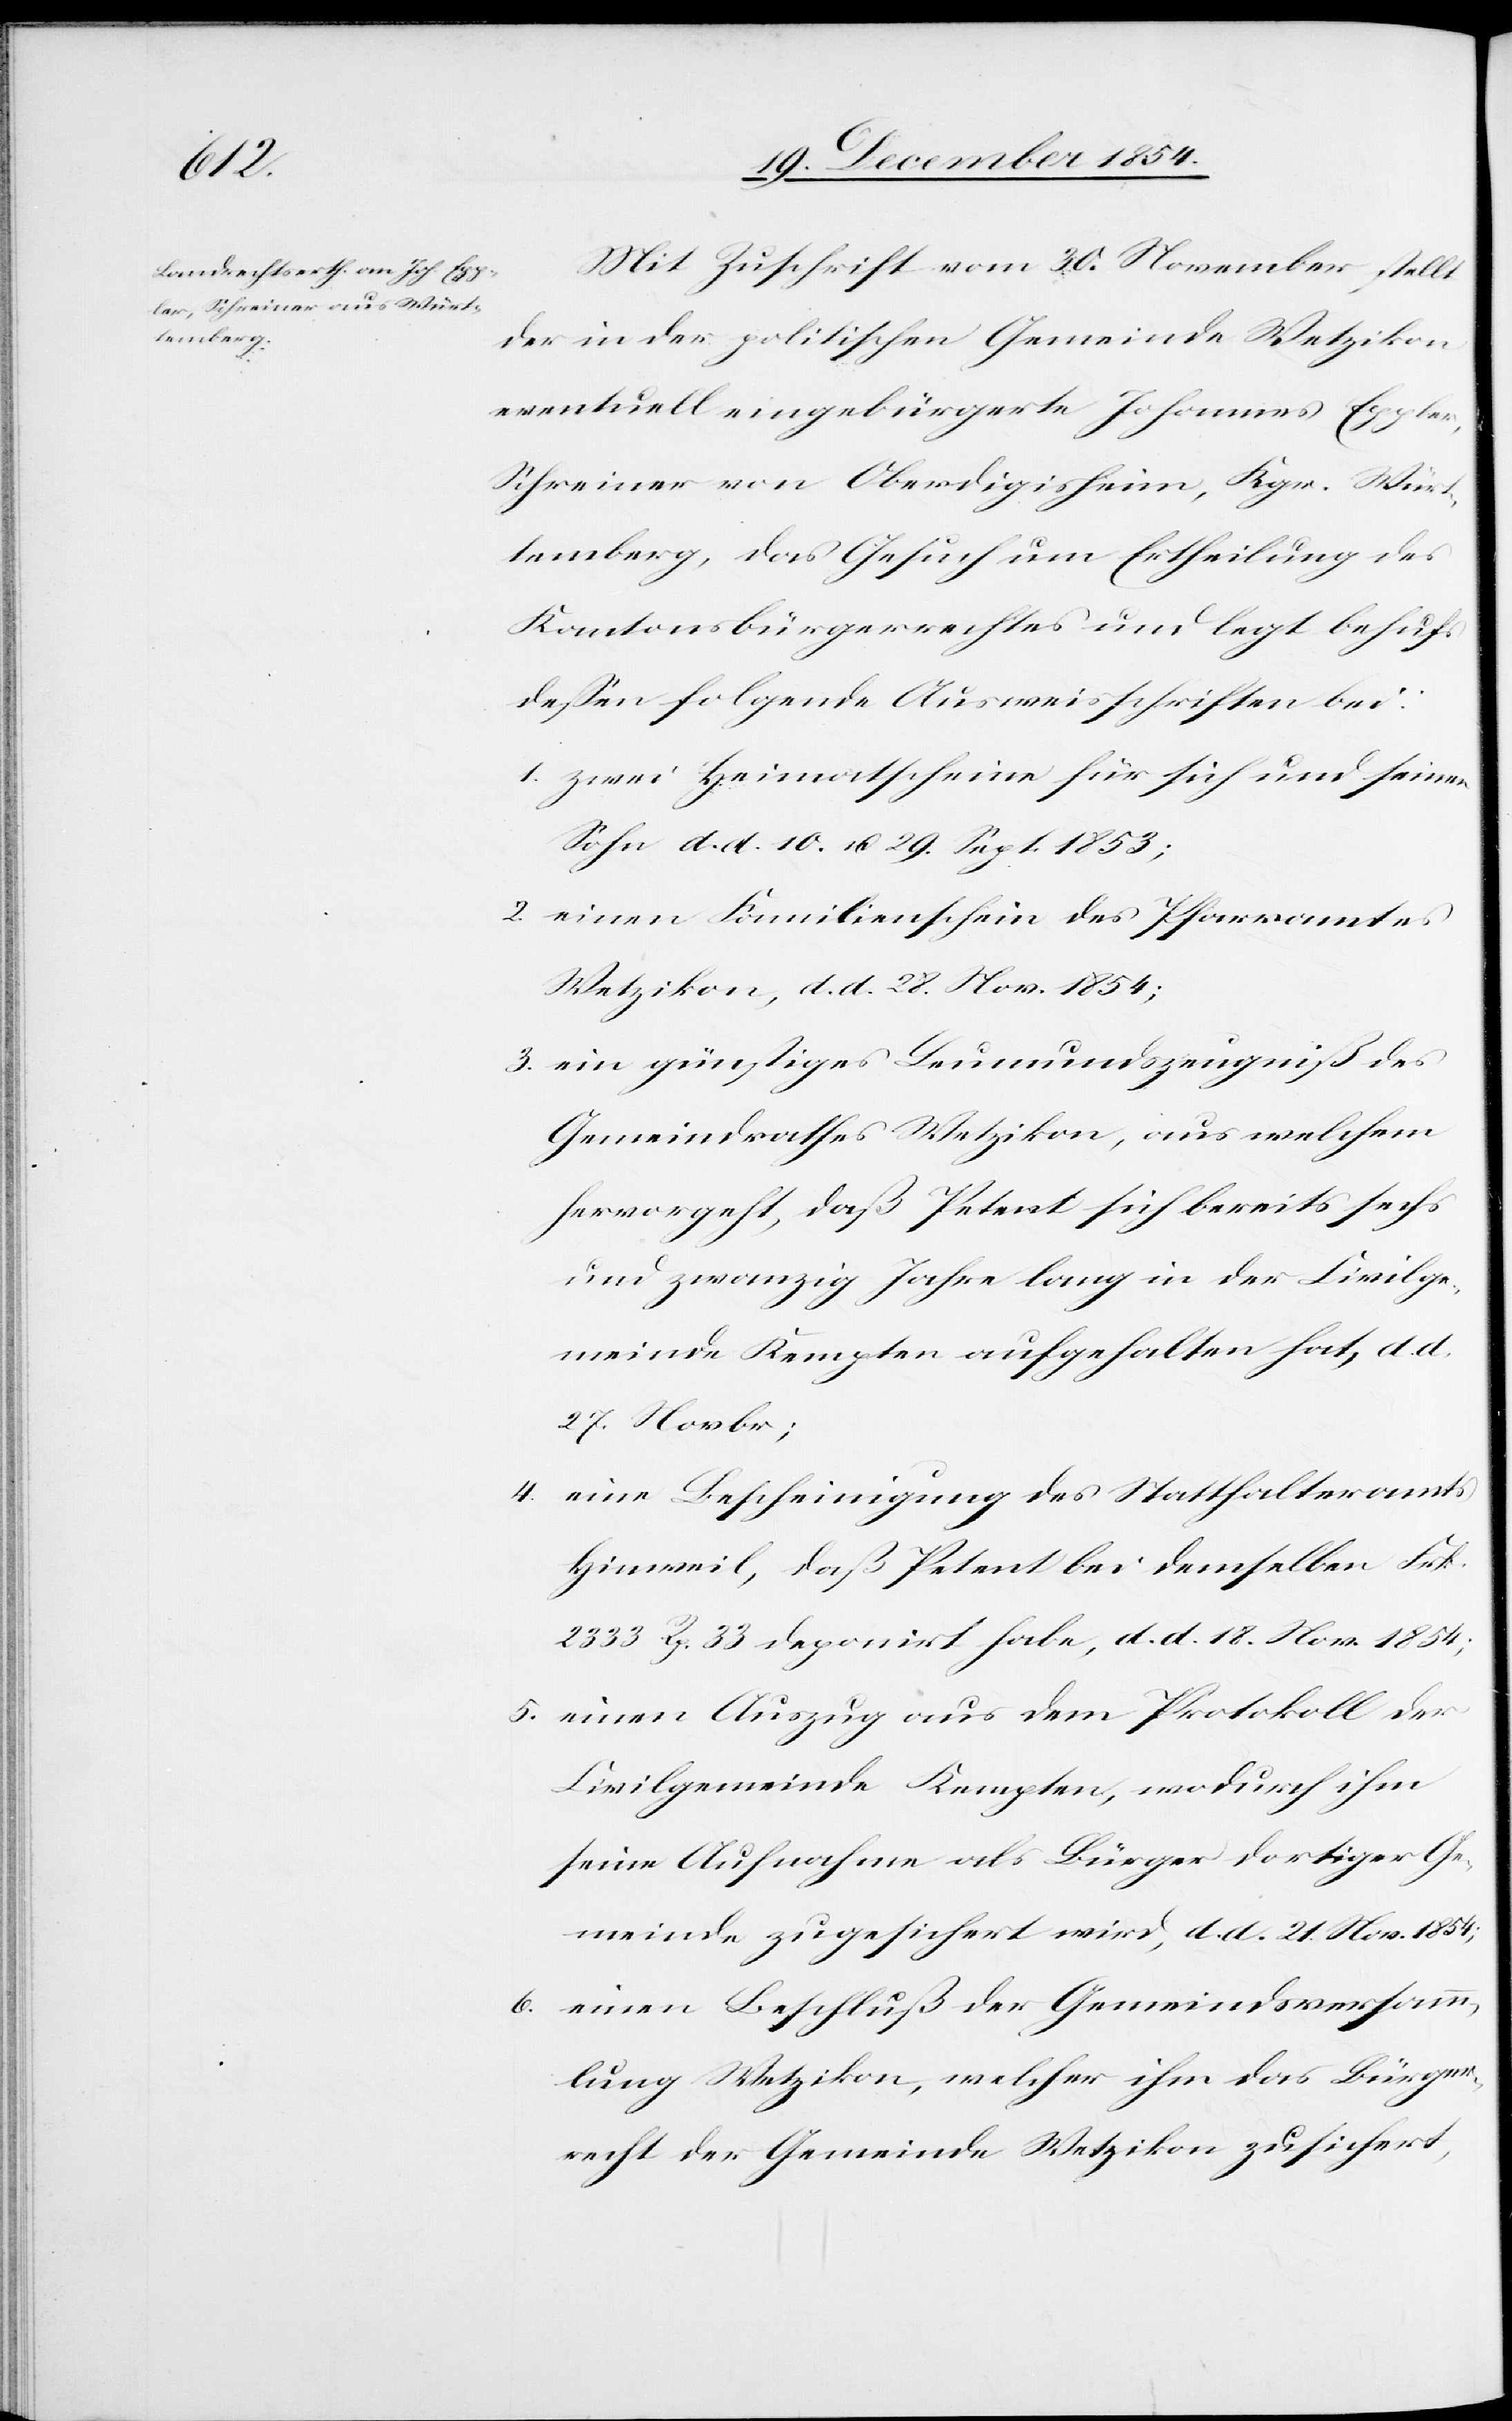
Mit Zuschrift vom 30. November stellt
der in der politischen Gemeinde Wetzikon
eventuell eingebürgerte Johannes Eppler,
Schreiner von Oberdigisheim, Kgr. Würt¬
temberg, das Gesuch um Ertheilung des
Kantonsbürgerrechtes und legt behufs
deßen folgende Ausweisschriften bei:
1. zwei Heimatscheine für sich und seinen
Sohn d. d. 10. u. 29. Sept. 1853;
2. einen Familienschein des Pfarramtes
Wetzikon, d. d. 28. Nov. 1854;
3. ein günstiges Leumundszeugniß des
Gemeindrathes Wetzikon, aus welchem
hervorgeht, daß Petent sich bereits sechs
und zwanzig Jahre lang in der Civilge¬
meinde Kempten aufgehalten hat, d. d.
27. Novbr;
4. eine Bescheinigung des Statthalteramtes
Hinweil, daß Petent bei demselben Frk.
2333 Rp. 33 deponirt habe, d. d. 18. Nov. 1854;
5. einen Auszug aus dem Protokoll der
Civilgemeinde Kempten, wodurch ihm
seine Aufnahme als Bürger dortiger Ge¬
meinde zugesichert wird, d. d. 21. Nov. 1854;
6. einen Beschluß der Gemeindsversamm¬
lung Wetzikon, welcher ihm das Bürger¬
recht der Gemeinde Wetzikon zusichert,